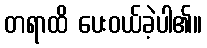
တရာထိ ပေးဝယ်ခဲ့ပါ၏။